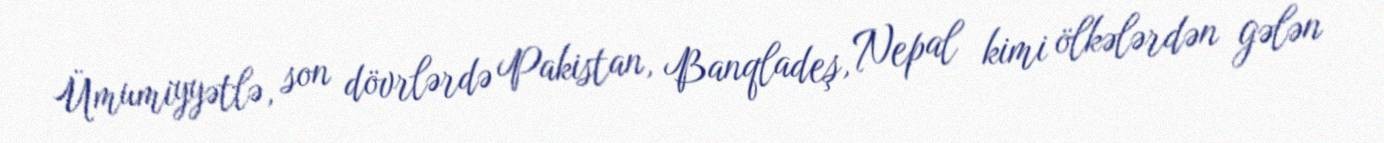
Ümumiyyətlə, son dövrlərdə Pakistan, Banqladeş, Nepal kimi ölkələrdən gələn